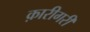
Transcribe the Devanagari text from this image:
क़ारीगरी